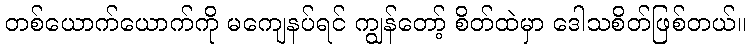
တစ်ယောက်ယောက်ကို မကျေနပ်ရင် ကျွန်တော့် စိတ်ထဲမှာ ဒေါသစိတ်ဖြစ်တယ်။